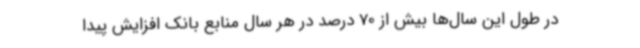
در طول این سال‌ها بیش از 70 درصد در هر سال منابع بانک افزایش پیدا